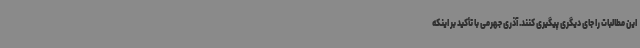
این مطالبات را جای دیگری پیگیری کنند. آذری جهرمی با تأکید بر اینکه